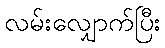
လမ်းလျှောက်ပြီး